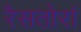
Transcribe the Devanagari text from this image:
रैसतोरां